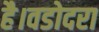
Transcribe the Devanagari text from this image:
है।वडोदरा